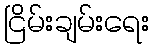
ငြိမ်းချမ်းရေး